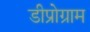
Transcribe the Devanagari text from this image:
डीप्रोग्राम